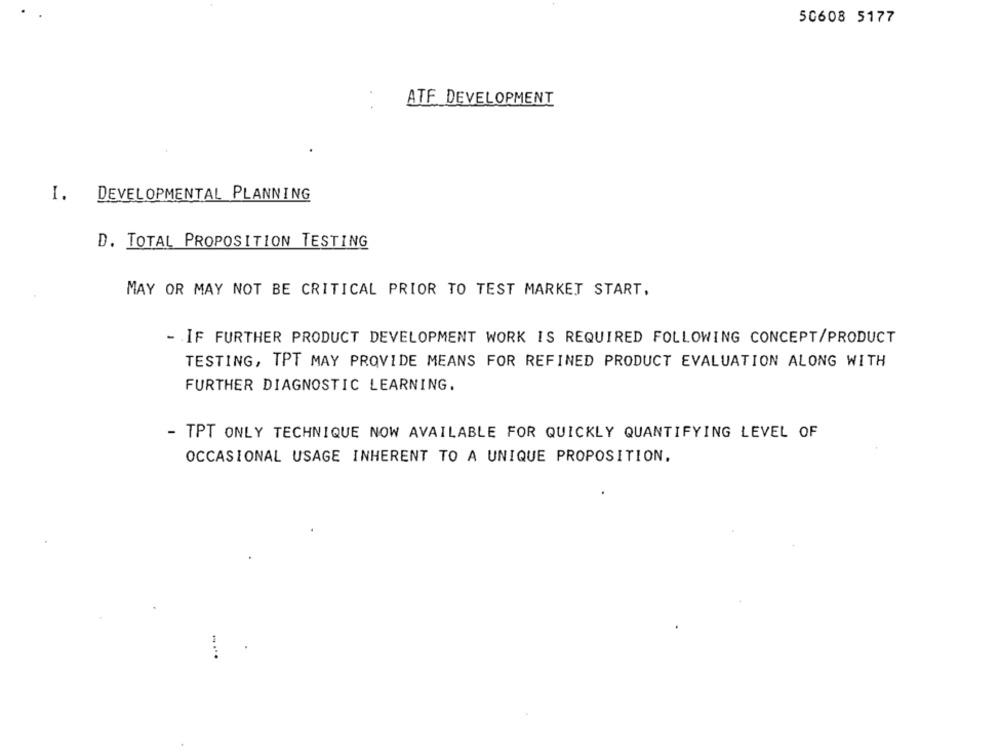
50608 5177
ATF DEVELOPMENT
I. DEVELOPMENTAL PLANNING
D. TOTAL PROPOSITION TESTING
MAY OR MAY NOT BE CRITICAL PRIOR TO TEST MARKET START,
- IF FURTHER PRODUCT DEVELOPMENT WORK IS REQUIRED FOLLOWING CONCEPT/PRODUCT
TESTING, TPT MAY PROVIDE MEANS FOR REFINED PRODUCT EVALUATION ALONG WITH
FURTHER DIAGNOSTIC LEARNING.
- TPT ONLY TECHNIQUE NOW AVAILABLE FOR QUICKLY QUANTIFYING LEVEL OF
OCCASIONAL USAGE INHERENT TO A UNIQUE PROPOSITION.
.....